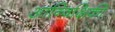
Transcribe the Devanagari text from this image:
आन्विक्षिकी